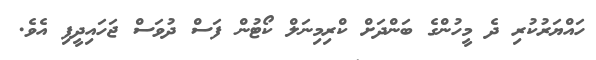
ހައްޔަރުކުރި ދެ މީހުންގެ ބަންދަށް ކްރިމިނަލް ކޯޓުން ފަސް ދުވަސް ޖަހައިދީފި އެވެ.